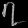
Digit: ၇